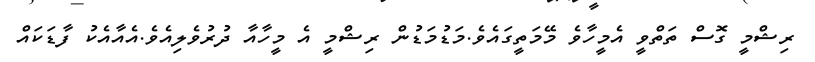
ރިޝްމީ ގޮސް ތަތްވީ އެމީހާވެ މޭމަތީގައެވެ.މަޑުމަޑުން ރިޝްމީ އެ މީހާއާ ދުރުވެލިއެވެ.އެއާއެކު ފާޑަކައް